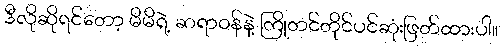
ဒီလိုဆိုရင်တော့ မိမိရဲ့ ဆရာဝန်နဲ့ ကြိုတင်တိုင်ပင်ဆုံးဖြတ်ထားပါ။